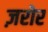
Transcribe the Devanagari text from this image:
ज़रोर